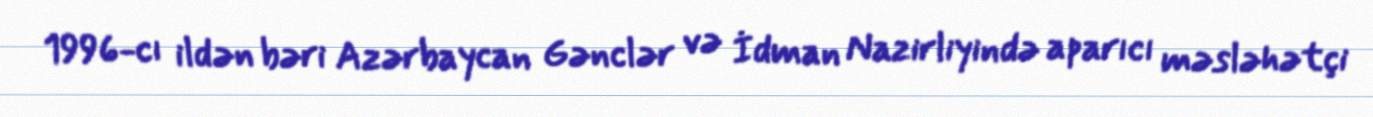
1996-cı ildən bəri Azərbaycan Gənclər və İdman Nazirliyində aparıcı məsləhətçi